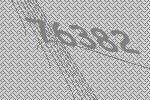
76382